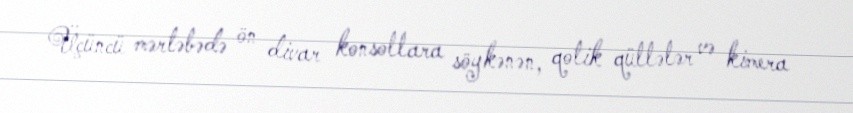
Üçüncü mərtəbədə ön divar konsollara söykənən, qotik qüllələr və kimera